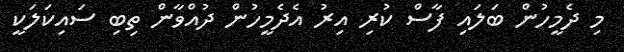
މި ދެމީހުން ބަލައި ފާސް ކުރި އިރު އެދެމީހުން ދުއްވާން ތިބި ސައިކަލަކީ